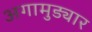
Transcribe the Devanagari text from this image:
अगामुड्यार